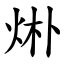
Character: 烞